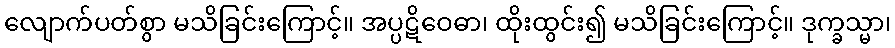
လျောက်ပတ်စွာ မသိခြင်းကြောင့်။ အပ္ပဋိဝေဓာ၊ ထိုးထွင်း၍ မသိခြင်းကြောင့်။ ဒုက္ခသ္မာ၊